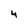
Character: 4